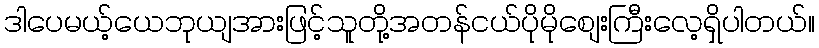
ဒါပေမယ့်ယေဘုယျအားဖြင့်သူတို့အတန်ငယ်ပိုမိုစျေးကြီးလေ့ရှိပါတယ်။